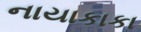
નાયાકાકા